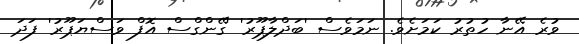
ވުރެ އޭނާ ހުތުރު ކަމަށެވެ. ނަމަވެސް 'ބަދްލާޕޫރު' 'ގޭންގްސް އޮފް ވަސްޔަޕޫރު' ފަދަ